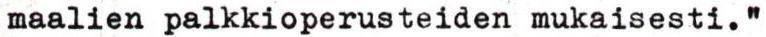
maalien palkkioperusteiden mukaisesti."